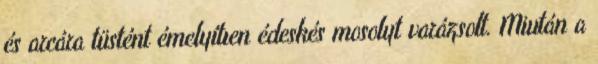
és arcára tüstént émelyítıen édeskés mosolyt varázsolt. Miután a